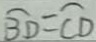
\widehat { B D } = \widehat { C D }